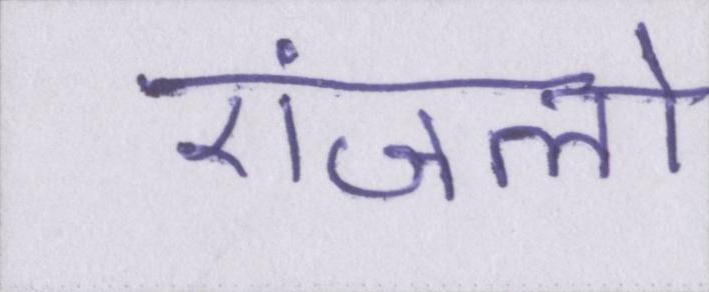
एंजलो